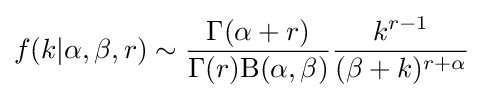
f(k|\alpha ,\beta ,r)\sim {\frac {\Gamma (\alpha +r)}{\Gamma (r)\mathrm {B} (\alpha ,\beta )}}{\frac {k^{r-1}}{(\beta +k)^{r+\alpha }}}